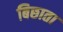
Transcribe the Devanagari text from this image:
बिछाता